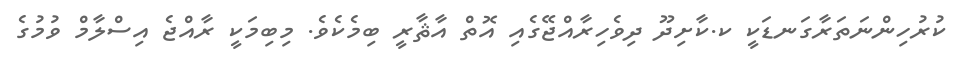
ކުރުހިންނަތަރާގަނޑަކީ ކ.ކާށިދޫ ދިވެހިރާއްޖޭގެއި އޮތް އާޘާރީ ބިމެކެވެ. މިބިމަކީ ރާއްޖެ އިސްލާމް ވުމުގެ